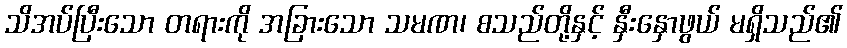
သိအပ်ပြီးသော တရားကို အခြားသော သမဏ၊ စသည်တို့နှင့် နှီးနှောဖွယ် မရှိသည်၏